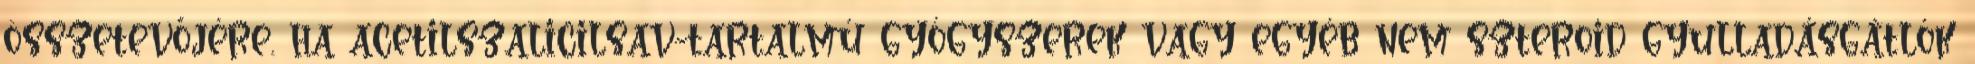
összetevőjére. ha acetilszalicilsav-tartalmú gyógyszerek vagy egyéb nem szteroid gyulladásgátlók